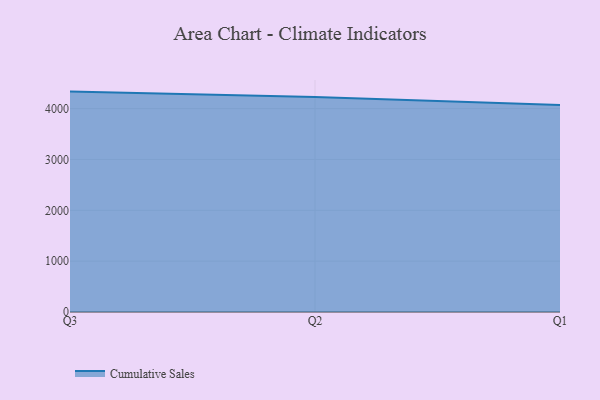
{"axis": {"x": "Quarter", "y": "Operating Costs (USD K)"}, "legend": ["Cumulative Sales"], "data": [{"x": "Q3", "y": 4334.4, "type": "Cumulative Sales"}, {"x": "Q2", "y": 4226.9, "type": "Cumulative Sales"}, {"x": "Q1", "y": 4071.6, "type": "Cumulative Sales"}]}